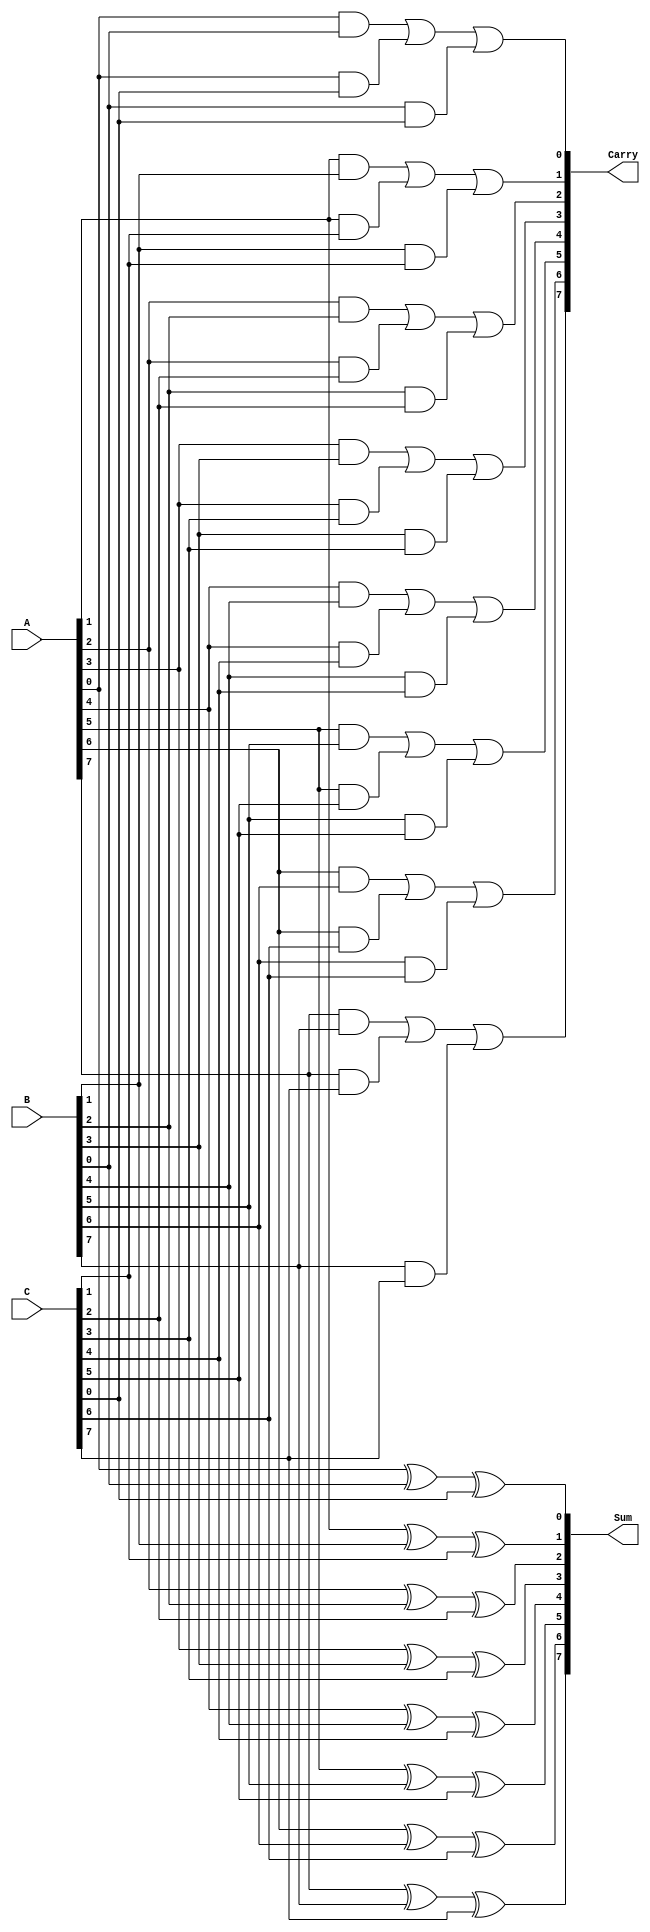
module carry_save_adder #(parameter n = 8) (
    input  [n-1:0] A,  // First input
    input  [n-1:0] B,  // Second input
    input  [n-1:0] C,  // Third input
    output [n-1:0] Sum, // Sum output
    output [n-1:0] Carry // Carry output
);

    // Intermediate wires for carry generation
    wire [n-1:0] carry_ab; // Carry from A and B
    wire [n-1:0] carry_ac; // Carry from A and C
    wire [n-1:0] carry_bc; // Carry from B and C

    // Generate sum and carry bits
    genvar i;
    generate
        for (i = 0; i < n; i = i + 1) begin : CSA
            // Sum bit calculation
            assign Sum[i] = A[i] ^ B[i] ^ C[i];

            // Carry bit calculation
            assign carry_ab[i] = A[i] & B[i];
            assign carry_ac[i] = A[i] & C[i];
            assign carry_bc[i] = B[i] & C[i];

            // Final carry bit
            assign Carry[i] = carry_ab[i] | carry_ac[i] | carry_bc[i];
        end
    endgenerate

endmodule